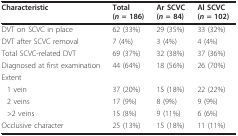
<table><thead><tr><td><b>Characteristic</b></td><td><b>Total (<i>n </i>= 186)</b></td><td><b>Ar SCVC (<i>n </i>= 84)</b></td><td><b>Al SCVC (<i>n </i>= 102)</b></td></tr></thead><tbody><tr><td>DVT on SCVC in place</td><td>62 (33%)</td><td>29 (35%)</td><td>33 (32%)</td></tr><tr><td>DVT after SCVC removal</td><td>7 (4%)</td><td>3 (4%)</td><td>4 (4%)</td></tr><tr><td>Total SCVC-related DVT</td><td>69 (37%)</td><td>32 (38%)</td><td>37 (36%)</td></tr><tr><td>Diagnosed at first examination</td><td>44 (64%)</td><td>18 (56%)</td><td>26 (70%)</td></tr><tr><td>Extent</td><td></td><td></td><td></td></tr><tr><td>1 vein</td><td>37 (20%)</td><td>15 (18%)</td><td>22 (22%)</td></tr><tr><td>2 veins</td><td>17 (9%)</td><td>8 (9%)</td><td>9 (9%)</td></tr><tr><td>&gt;2 veins</td><td>15 (8%)</td><td>9 (11%)</td><td>6 (6%)</td></tr><tr><td>Occlusive character</td><td>25 (13%)</td><td>15 (18%)</td><td>11 (11%)</td></tr></tbody></table>